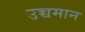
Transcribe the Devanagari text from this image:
उच्चमान